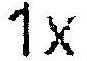
1X